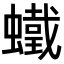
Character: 𧒵